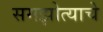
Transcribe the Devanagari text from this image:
समझोत्याचे